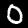
Label: 0